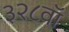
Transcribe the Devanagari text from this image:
३२८वॉ